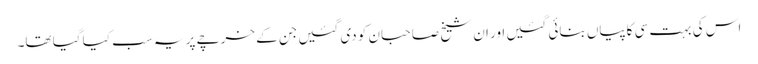
اس کی بہت سی کاپیاں بنائی گئیں اور ان شیخ صاحبان کو دی گئیں جن کے خرچے پر یہ سب کیا گیا تھا۔